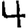
Digit: 4